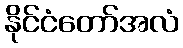
နိုင်ငံတော်အလံ